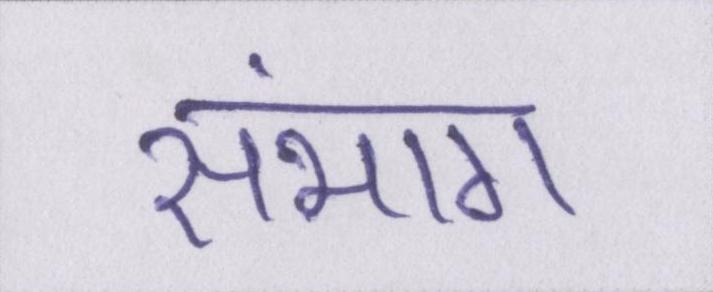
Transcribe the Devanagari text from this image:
संभाग